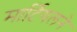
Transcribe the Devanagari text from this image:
मार्टियलने